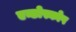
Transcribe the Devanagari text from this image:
एन्डोस्कोप